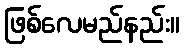
ဖြစ်လေမည်နည်း။